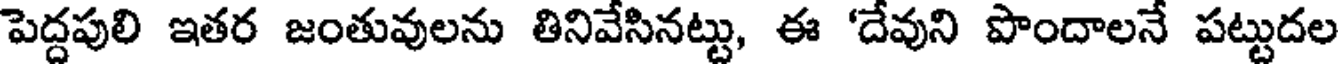
పెద్దపులి ఇతర జంతువులను తినివేసినట్టు, ఈ 'దేవుని పొందాలనే పట్టుదల